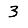
Digit: 3